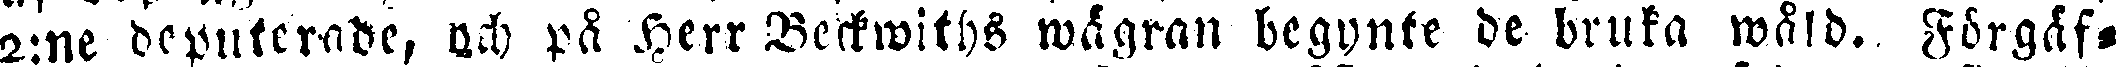
2:ne deputerade, och på Herr Beckwiths wägran begynte de bruka wåld. Förgäf-